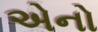
એનો